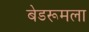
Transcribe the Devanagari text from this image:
बेडरूमला